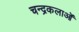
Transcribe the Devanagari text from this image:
चन्द्रकलाओं